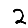
Digit: 2